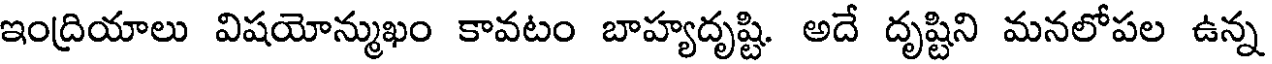
ఇంద్రియాలు విషయోన్ముఖం కావటం బాహ్యదృష్టి. అదే దృష్టిని మనలోపల ఉన్న